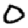
Digit: 0